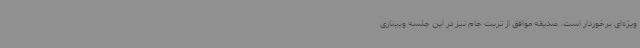
ویژه‌ای برخوردار است. صدیقه موافق از تربت جام نیز در این جلسه وبیناری